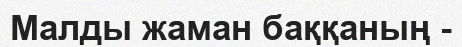
Малды жаман баққаның -